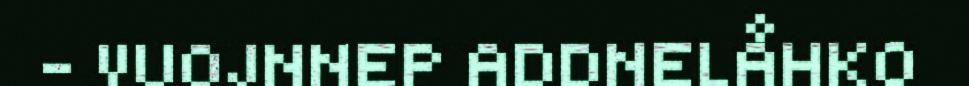
- VUOJNNEP ADDNELÅHKO